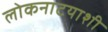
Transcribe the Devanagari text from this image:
लोकनाटयाशी